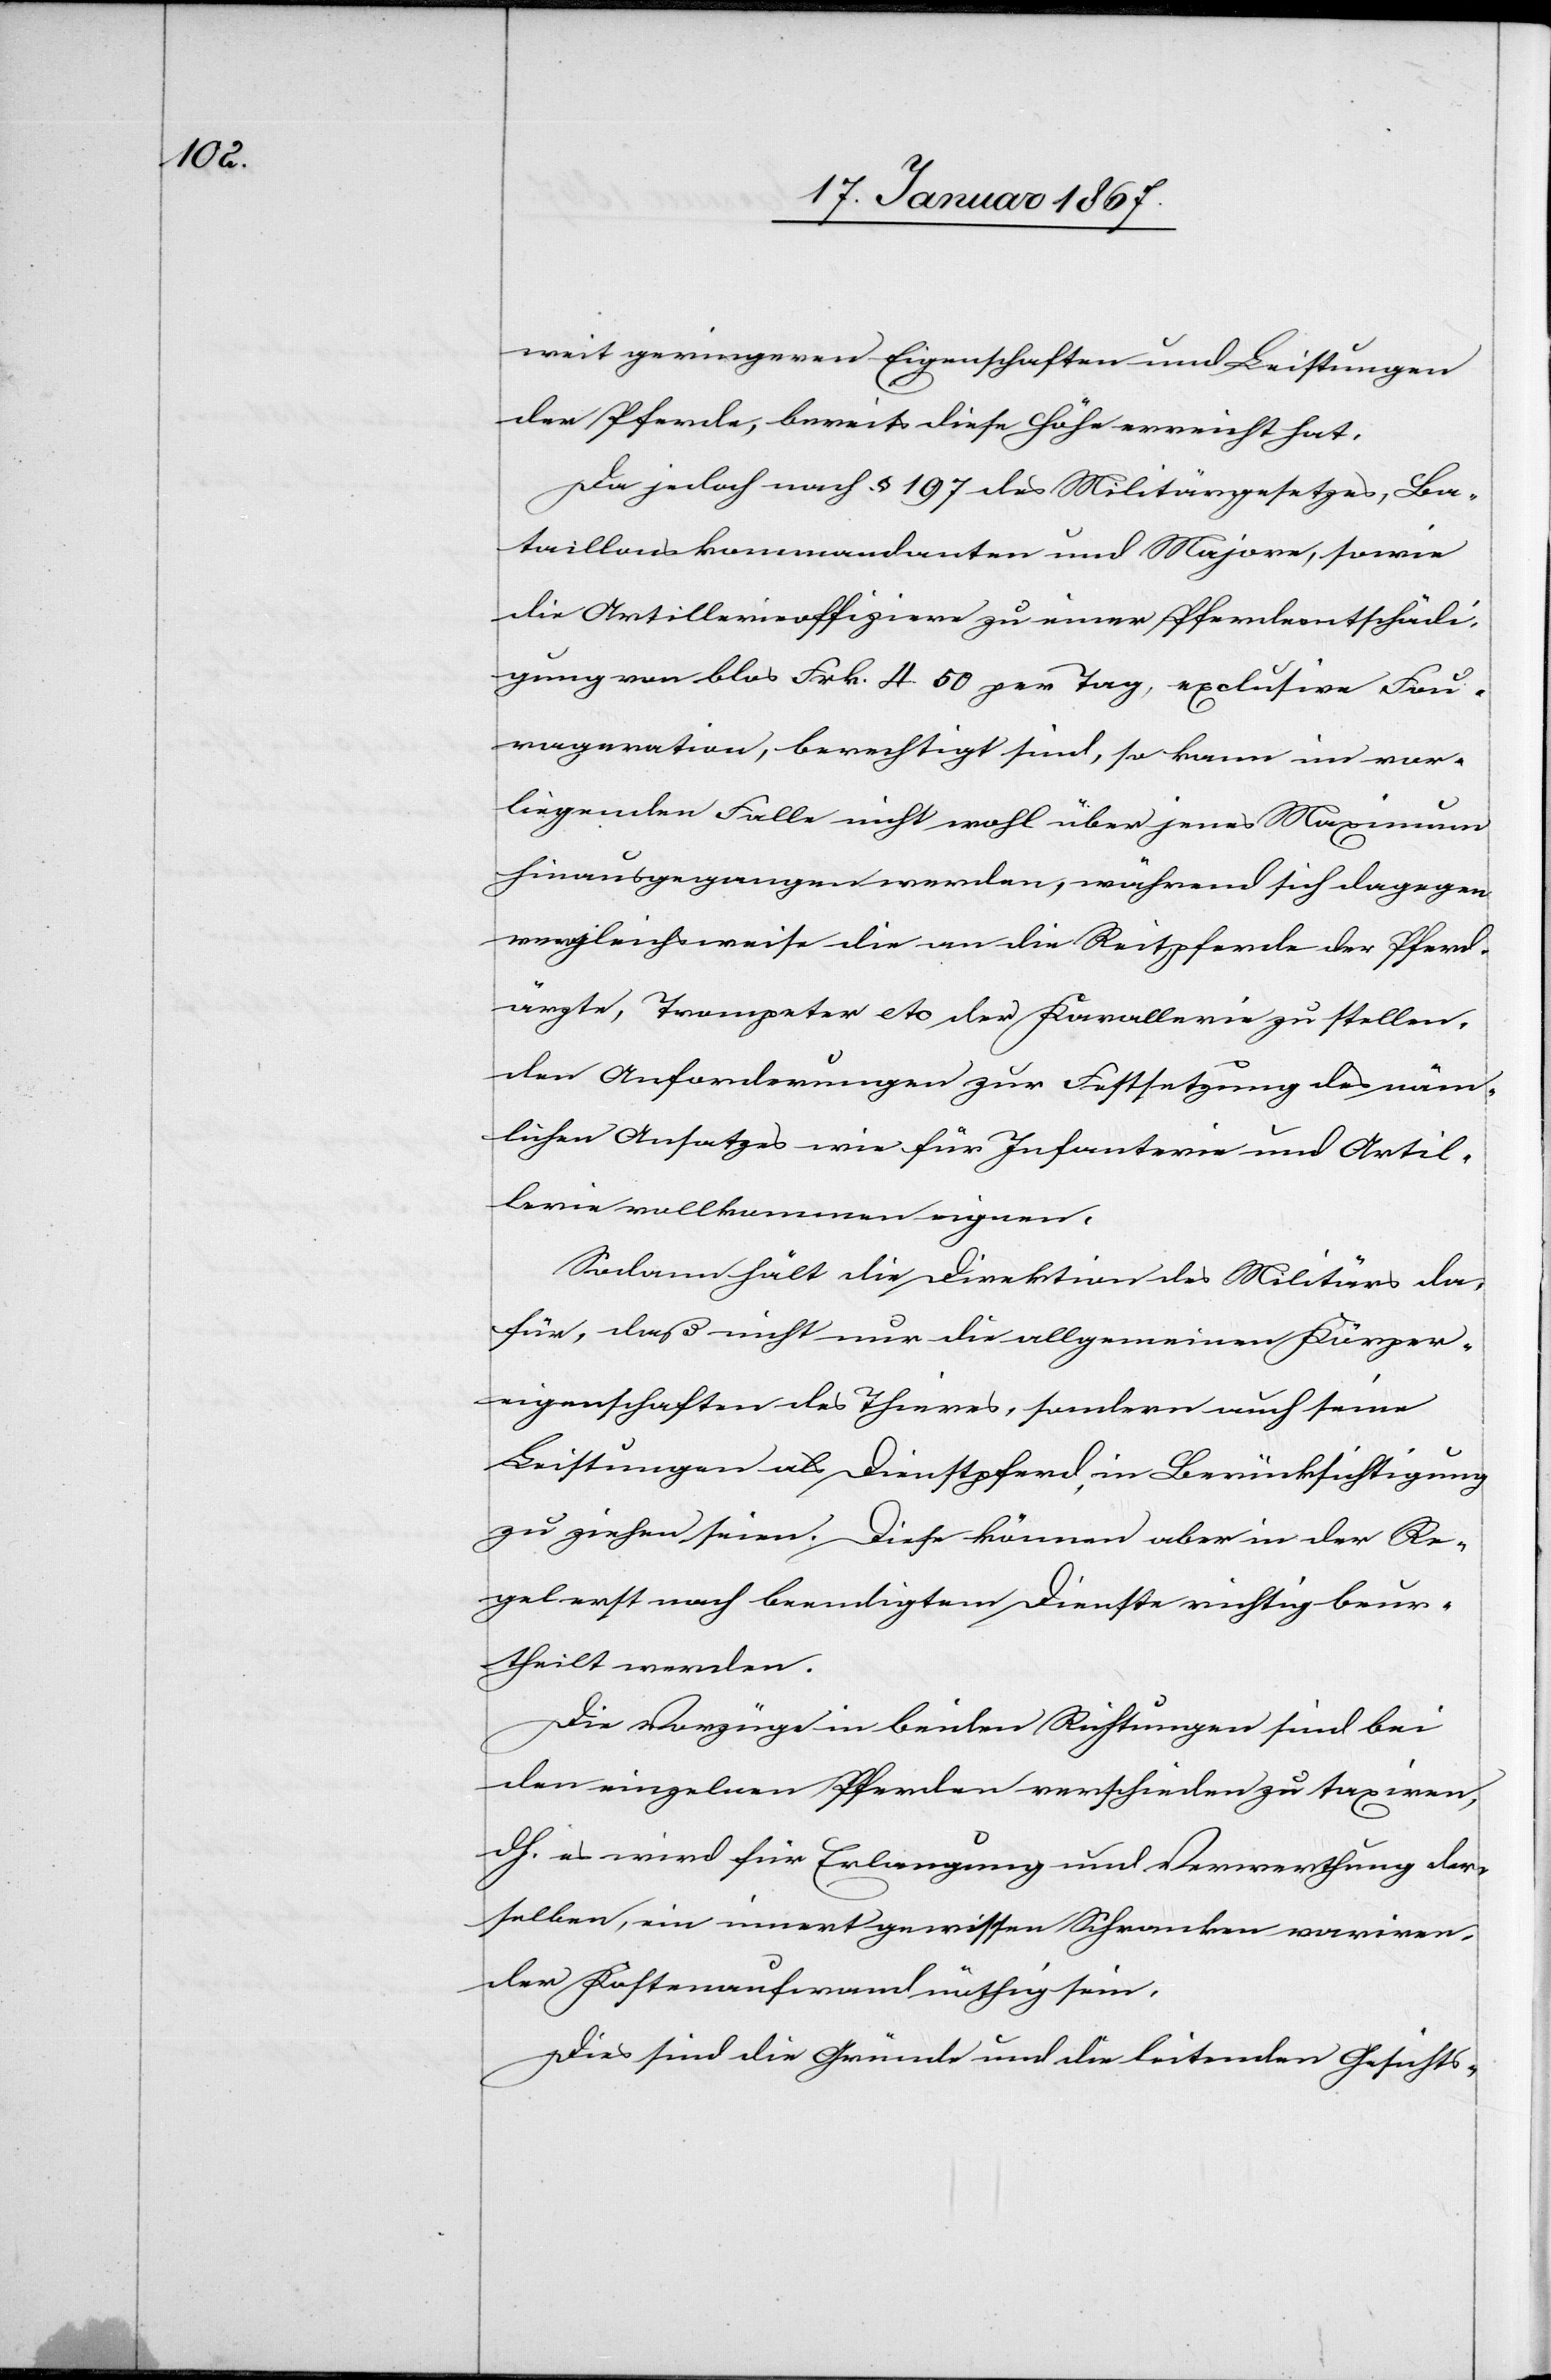
weit geringeren Eigenschaften und Leistungen
der Pferde, bereits diese Höhe erreicht hat.
Da jedoch nach § 197 des Militärgesetzes, Ba¬
taillonskommandanten und Majore, sowie
die Artillerieoffiziere zu einer Pferdeentschädi¬
gung von blos Frk. 4.50 per Tag, exclusive Fou¬
rageration, berechtigt sind, so kann im vor¬
liegenden Falle nicht wohl über jenes Maximum
hinausgegangen werden, während sich dagegen
vergleichsweise die an die Reitpferde der Pferd¬
ärzte, Trompeter etc der Kavallerie zu stellen¬
den Anforderungen zur Festsetzung des näm¬
lichen Ansatzes wie für Infanterie und Artil¬
lerie vollkommen eignen.
Sodann hält die Direktion des Militärs da¬
für, daß nicht nur die allgemeinen Körper¬
eigenschaften des Thieres, sondern auch seine
Leistungen als Dienstpferd, in Berücksichtigung
zu ziehen seien. Diese können aber in der Re¬
gel erst nach beendigtem Dienste richtig beur¬
theilt werden.
Die Vorzüge in beiden Richtungen sind bei
den einzelnen Pferden verschieden zu taxiren,
h. es wird für Erlangung und Verwerthung der¬
selben, ein innert gewissen Schranken variren¬
der Kostenaufwand nöthig sein.
Die sind die Gründe und die leitenden Gesichts-